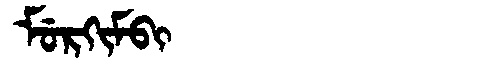
Manchu: ᠮᡠᡵᡴᡳᠮᠪᡳ
Romanization: MURKIMBI